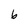
Character: 6